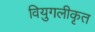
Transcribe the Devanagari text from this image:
वियुगलीकृत